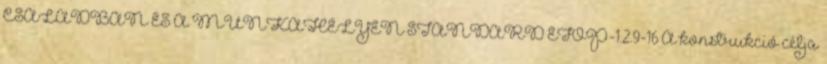
CSALÁDBAN ÉS A MUNKAHELYEN STANDARD EFOP-1.2.9-16 A konstrukció célja